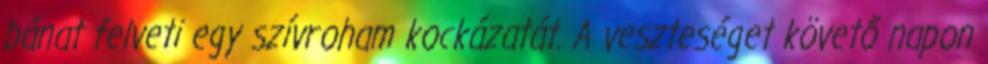
bánat felveti egy szívroham kockázatát. A veszteséget követő napon